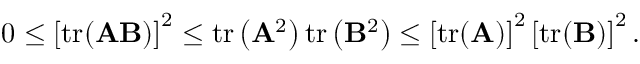
0 \leq \left[ \operatorname { t r } ( \mathbf { A } \mathbf { B } ) \right] ^ { 2 } \leq \operatorname { t r } \left( \mathbf { A } ^ { 2 } \right) \operatorname { t r } \left( \mathbf { B } ^ { 2 } \right) \leq \left[ \operatorname { t r } ( \mathbf { A } ) \right] ^ { 2 } \left[ \operatorname { t r } ( \mathbf { B } ) \right] ^ { 2 } .